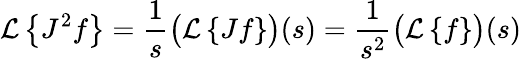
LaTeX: {\mathcal{L}}\left\{ J^{2}f\right\} ={\frac{1}{s}}{\bigl(}{\mathcal{L}}\left\{ Jf\right\} {\bigr)}(s)={\frac{1}{s^{2}}}{\bigl(}{\mathcal{L}}\left\{ f\right\} {\bigr)}(s)